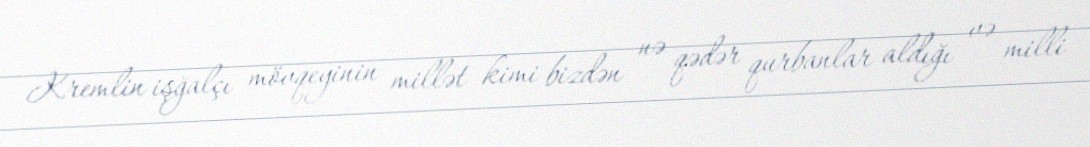
Kremlin işğalçı mövqeyinin millət kimi bizdən nə qədər qurbanlar aldığı və milli